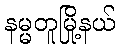
နမ္မတူမြို့နယ်